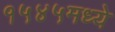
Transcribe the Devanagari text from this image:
१५४५मध्ये